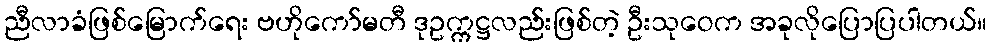
ညီလာခံဖြစ်မြောက်ရေး ဗဟိုကော်မတီ ဒုဥက္ကဋ္ဌလည်းဖြစ်တဲ့ ဦးသုဝေက အခုလိုပြောပြပါတယ်။